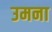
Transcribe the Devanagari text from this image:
उमना